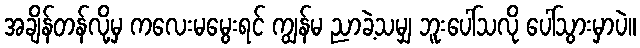
အချိန်တန်လို့မှ ကလေးမမွေးရင် ကျွန်မ ညာခဲ့သမျှ ဘူးပေါ်သလို ပေါ်သွားမှာပဲ။